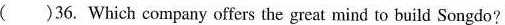
( )36. Which company offers the great mind to build Songdo?